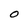
Character: O